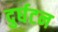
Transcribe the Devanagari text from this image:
दुर्घटन